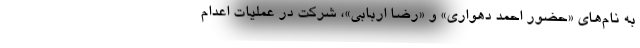
به نام‌های «حضور احمد دهواری» و «رضا اربابی»، شرکت در عملیات اعدام